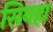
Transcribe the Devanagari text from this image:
सिनहा